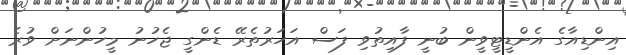
އިންޑިއާގެ އެންޑީޓީވީން ބުނީ ފާއިތުވި ފަސް އަހަރުތެރޭ ޑެންގީ ޖެހުނު މީހުންނަށް ވުރެ